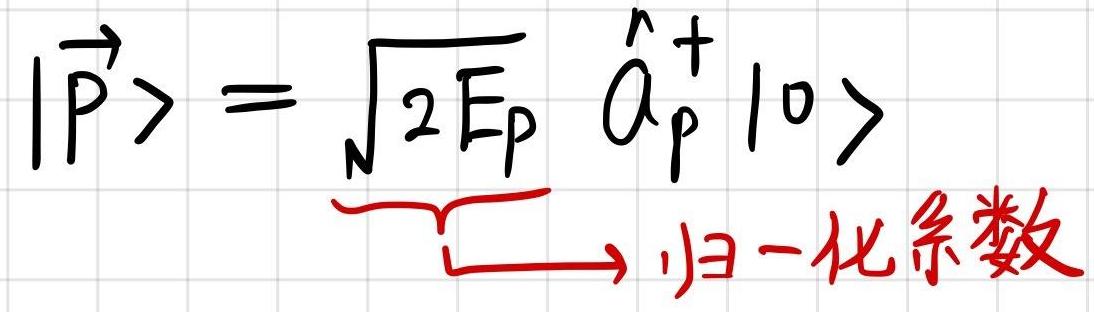
\(|\vec{P}\rangle = \sqrt{2E_p} \hat{a}_p^+ |0\rangle\)\\
\(\underbrace{\sqrt{2E_p}}_{\longrightarrow \)归一化系数}